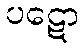
ပဋော